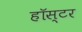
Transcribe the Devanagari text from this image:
हॉस्टर